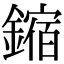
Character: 鏥